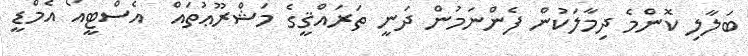
ބަލާލި ކޮންމެ ދިމާލަކުން ފެންނަމުން ދަނީ ތަރައްޤީގެ މަޝްރޫޢުތައް  އެސްޓީއޯ އެމްޑީ